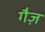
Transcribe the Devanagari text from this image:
गैज़